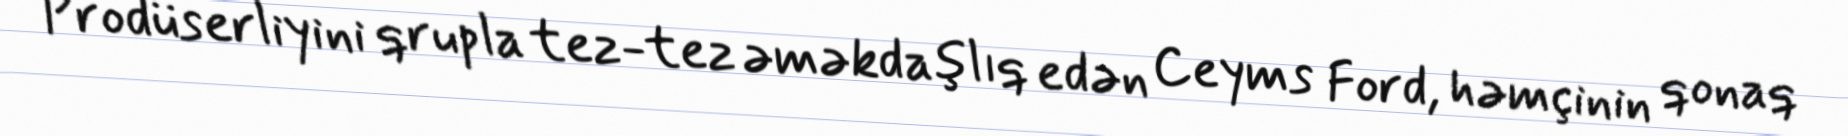
Prodüserliyini qrupla tez-tez əməkdaşlıq edən Ceyms Ford, həmçinin qonaq